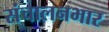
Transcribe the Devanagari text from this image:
संचालनभार